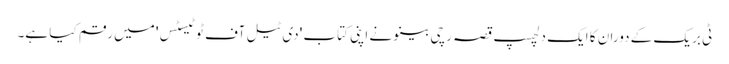
ٹی بریک کے دوران کا ایک دلچسپ قصہ رچی بینو نے اپنی کتاب 'دی ٹیل آف ٹو ٹیسٹس' میں رقم کیا ہے۔